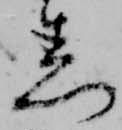
着